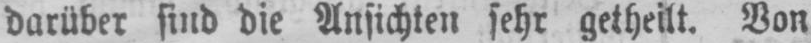
darüber sind die Ansichten sehr getheilt. Von